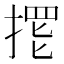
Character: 𱠙